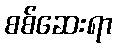
စစ်ဆေးရာ